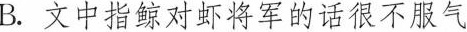
B.文中指鲸对虾将军的话很不服气